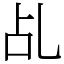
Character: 乩